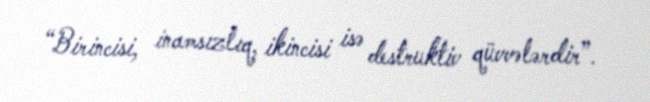
“Birincisi, inamsızlıq, ikincisi isə destruktiv qüvvələrdir”.